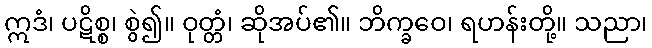
ဣဒံ၊ ပဋိစ္စ၊ စွဲ၍။ ဝုတ္တံ၊ ဆိုအပ်၏။ ဘိက္ခဝေ၊ ရဟန်းတို့။ သညာ၊